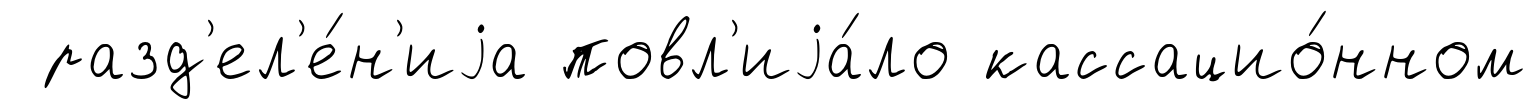
разд'ел'е́н'иjа повл'иjа́ло кассацио́нном